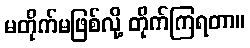
မတိုက်မဖြစ်လို့ တိုက်ကြရတာ။